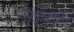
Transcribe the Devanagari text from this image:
नेतॄत्वाखाली